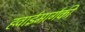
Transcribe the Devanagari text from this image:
हवाईमार्गकी